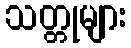
သတ္တုများ